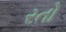
રતો